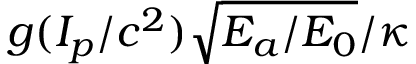
g ( I _ { p } / c ^ { 2 } ) \sqrt { E _ { a } / E _ { 0 } } / \kappa